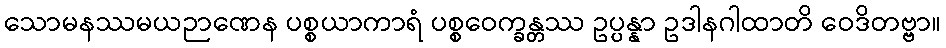
သောမနဿမယဉာဏေန ပစ္စယာကာရံ ပစ္စဝေက္ခန္တဿ ဥပ္ပန္နာ ဥဒါနဂါထာတိ ဝေဒိတဗ္ဗာ။